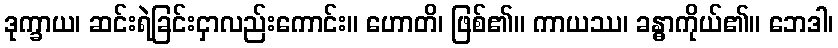
ဒုက္ခာယ၊ ဆင်းရဲခြင်းငှာလည်းကောင်း။ ဟောတိ၊ ဖြစ်၏။ ကာယဿ၊ ခန္ဓာကိုယ်၏။ ဘေဒါ၊